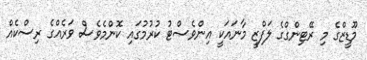
މޫޑީޒްގެ މި ރޭޓިންގްގެ ލަފްޒީ މާނައަކީ އިންވެސްޓު ކުރުމުގައި ކޮންމެވެސް ވަރެއްގެ ރިސްކެއް